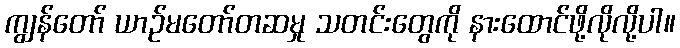
ကျွန်တော် ယာဉ်မတော်တဆမှု သတင်းတွေကို နားထောင်ဖို့လိုလို့ပါ။